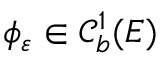
\phi _ { \varepsilon } \in \mathcal { C } _ { b } ^ { 1 } ( E )